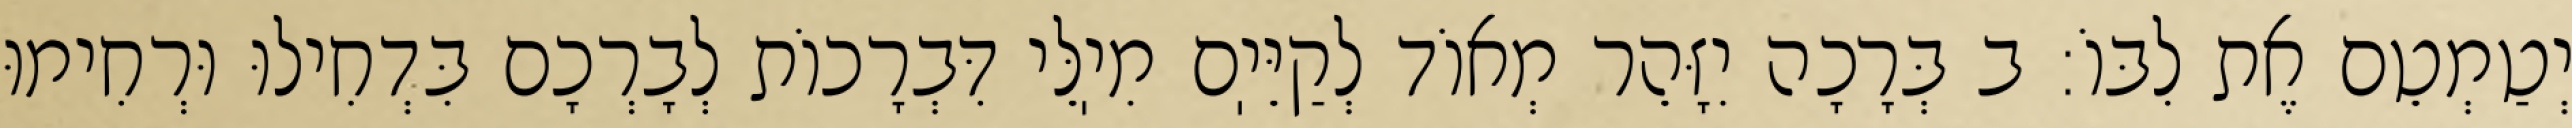
יְטַמְטֵם אֶת לִבּוֹ: ב בְּרָכָה יִזָּהֵר מְאוֹד לְקַיֵּיֽם מִיֽלֵּי דִּבְרָכוֹת לְבָרְכָם בִּדְחִילוּ וּרְחִימוּ